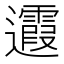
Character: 𨙉